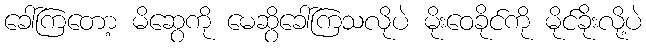
ခေါ်ကြတော့ မိဆွေကို မေဆွိခေါ်ကြသလိုပဲ မိုးဝေခိုင်ကို မိုင်ခိုးလို့ပဲ